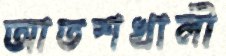
আতশখালী